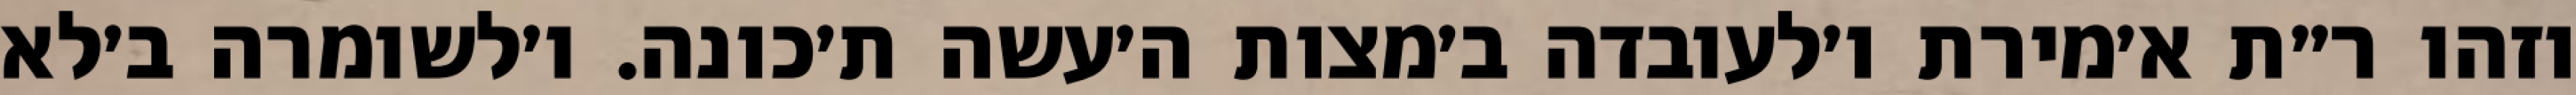
וזהו ר״ת א׳מירת ו׳לעובדה ב׳מצות ה׳עשה ת׳כונה. ו׳לשומרה ב׳לא